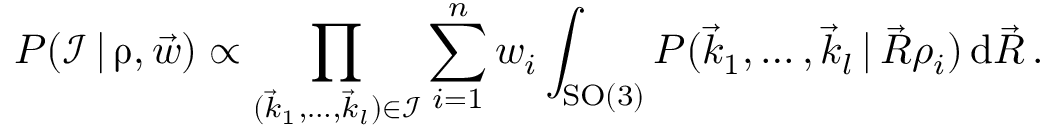
P ( \mathcal I \, | \, \boldsymbol \uprho , \vec { w } ) \propto \prod _ { ( \vec { k } _ { 1 } , \dots , \vec { k } _ { l } ) \in \mathcal I } \sum _ { i = 1 } ^ { n } w _ { i } \int _ { \mathrm { S O } ( 3 ) } P ( \vec { k } _ { 1 } , \dots , \vec { k } _ { l } \, | \, \vec { R } \rho _ { i } ) \, \mathrm d \vec { R } \, .